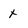
Character: x